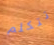
تتكلم